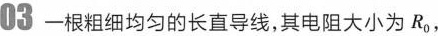
03一根粗细均匀的长直导线，其电阻大小为R_{0}，